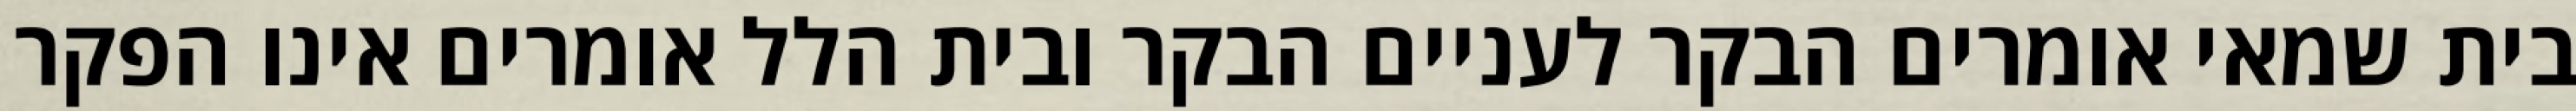
בית שמאי אומרים הבקר לעניים הבקר ובית הלל אומרים אינו הפקר